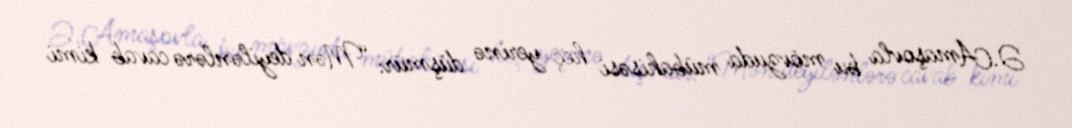
Ə.Amaşovla bu mövzuda mübahisəsi heç yerinə düşmür: “Mən deyilənlərə cavab kimi